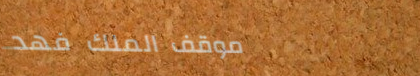
موقف الملك فهد